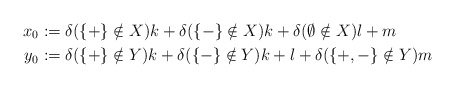
\begin{align*}x_0 &:= \delta(\{+\} \notin X)k + \delta(\{-\} \notin X)k + \delta(\emptyset \notin X)l + m \\y_0 &:= \delta(\{+\} \notin Y)k + \delta(\{-\} \notin Y)k + l + \delta(\{+,-\} \notin Y)m\end{align*}